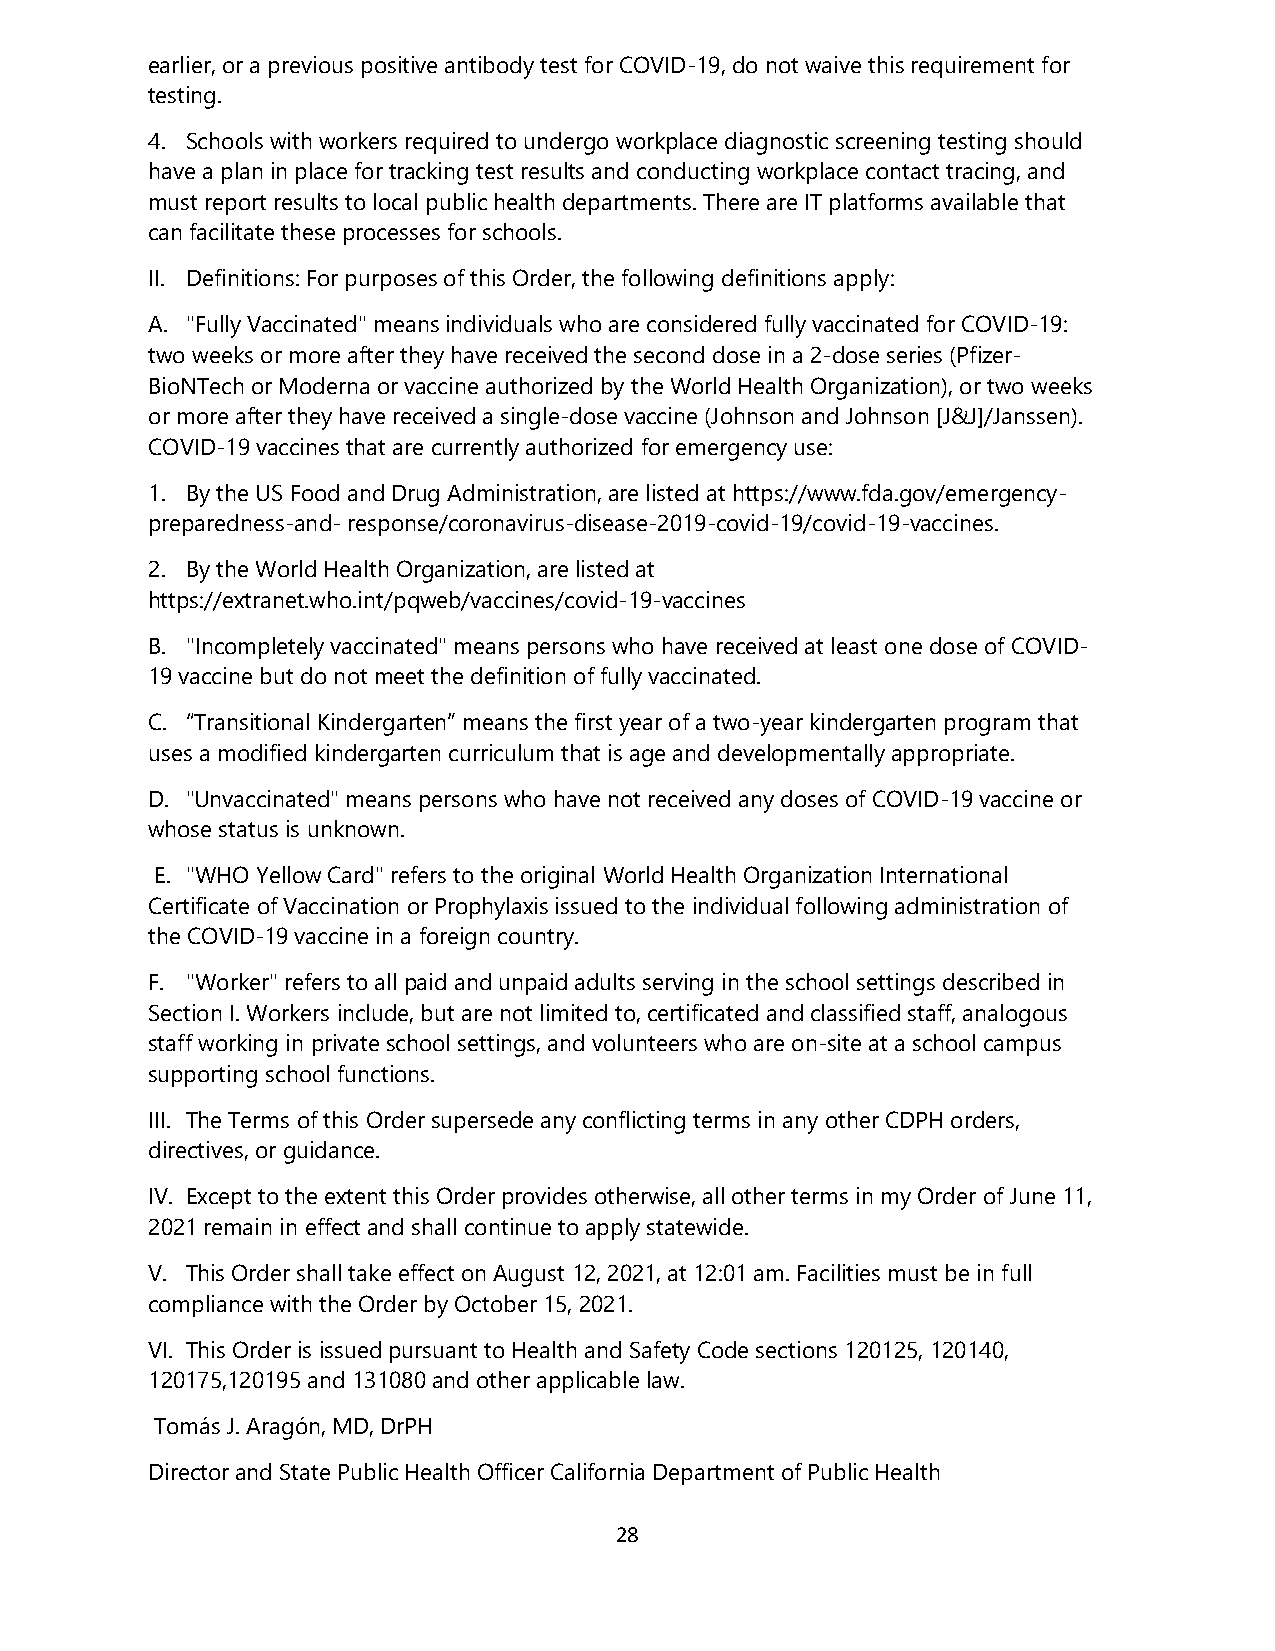
earlier, or a previous positive antibody test for COVID-19, do not waive this requirement for
 testing.
 4. Schools with workers required to undergo workplace diagnostic screening testing should
 have a plan in place for tracking test results and conducting workplace contact tracing, and
 must report results to local public health departments. There are IT platforms available that
 can facilitate these processes for schools.
 II. Definitions: For purposes of this Order, the following definitions apply:
 A. "Fully Vaccinated" means individuals who are considered fully vaccinated for COVID-19:
 two weeks or more after they have received the second dose in a 2-dose series (Pfizer-
 BioNTech or Moderna or vaccine authorized by the World Health Organization), or two weeks
 or more after they have received a single-dose vaccine (Johnson and Johnson [J&J]/Janssen).
 COVID-19 vaccines that are currently authorized for emergency use:
 1. By the US Food and Drug Administration, are listed at https://www.fda.gov/emergency-
 preparedness-and- response/coronavirus-disease-2019-covid-19/covid-19-vaccines.
 2. By the World Health Organization, are listed at
 https://extranet.who.int/pqweb/vaccines/covid-19-vaccines
 B. "Incompletely vaccinated" means persons who have received at least one dose of COVID-
 19 vaccine but do not meet the definition of fully vaccinated.
 C. “Transitional Kindergarten” means the first year of a two-year kindergarten program that
 uses a modified kindergarten curriculum that is age and developmentally appropriate.
 D. "Unvaccinated" means persons who have not received any doses of COVID-19 vaccine or
 whose status is unknown.
 E. "WHO Yellow Card" refers to the original World Health Organization International
 Certificate of Vaccination or Prophylaxis issued to the individual following administration of
 the COVID-19 vaccine in a foreign country.
 F. "Worker" refers to all paid and unpaid adults serving in the school settings described in
 Section I. Workers include, but are not limited to, certificated and classified staff, analogous
 staff working in private school settings, and volunteers who are on-site at a school campus
 supporting school functions.
 III. The Terms of this Order supersede any conflicting terms in any other CDPH orders,
 directives, or guidance.
 IV. Except to the extent this Order provides otherwise, all other terms in my Order of June 11,
 2021 remain in effect and shall continue to apply statewide.
 V. This Order shall take effect on August 12, 2021, at 12:01 am. Facilities must be in full
 compliance with the Order by October 15, 2021.
 VI. This Order is issued pursuant to Health and Safety Code sections 120125, 120140,
 120175,120195 and 131080 and other applicable law.
 Tomás J. Aragón, MD, DrPH
 Director and State Public Health Officer California Department of Public Health
 28